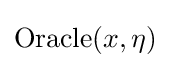
{\text{Oracle}}(x,\eta )